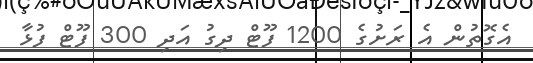
އެގޮތުން އެ ރަށުގެ 1200 ފޫޓް ދިގު އަދި 300 ފޫޓް ފުޅާ